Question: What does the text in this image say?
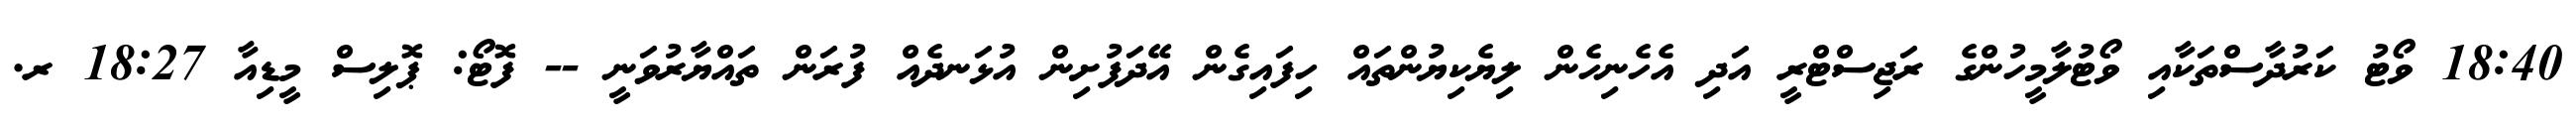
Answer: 18:40 ވޯޓު ކަރުދާސްތަކާއި ވޯޓުލާމީހުންގެ ރަޖިސްޓްރީ އަދި އެހެނިހެން ލިޔެކިޔުންތައް ހިފައިގެން އޭދަފުށިން އުޅަނދެއް ފުރަން ތައްޔާރުވަނީ -- ފޮޓޯ: ޕޮލިސް މީޑިއާ 18:27 ރ.